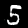
Digit: 5